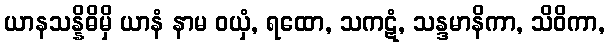
ယာနသန္နိဓိမှိ ယာနံ နာမ ဝယှံ, ရထော, သကဋံ, သန္ဒမာနိကာ, သိဝိကာ,